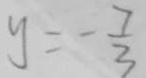
y = - \frac { 7 } { 3 }